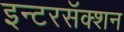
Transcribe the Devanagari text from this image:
इन्टरसॅक्शन